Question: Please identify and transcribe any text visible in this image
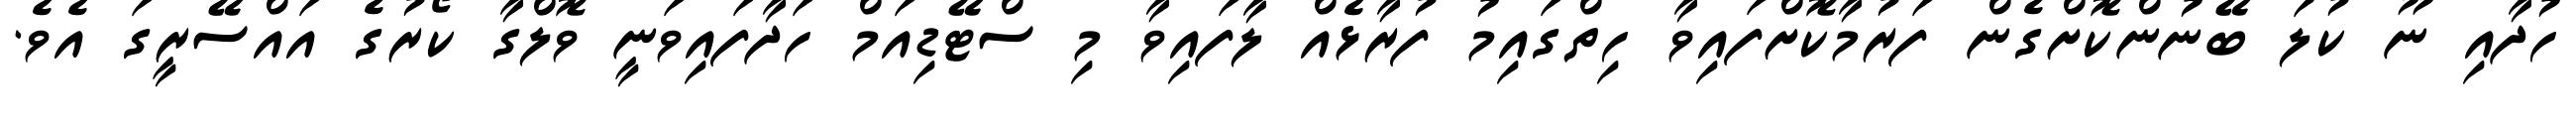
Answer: ހުދާއި ނޫ ކުލަ ބޭނުންކޮށްގެން ފަރުމާކޮށްފައިވާ ހިތްގައިމު ފުރާޅެއް ލާފައިވާ މި ސްޓޭޑިއަމް ހަދާފައިވަނީ ވޮލްގާ ކޯރުގެ އައްސޭރީގަ އެވެ.